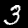
Digit: 3